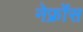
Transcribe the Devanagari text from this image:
नेफ्रोंस